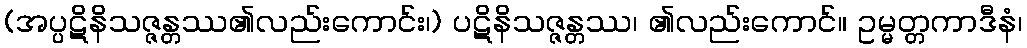
(အပ္ပဋိနိသဇ္ဇန္တဿ၏လည်းကောင်း၊) ပဋိနိသဇ္ဇန္တဿ၊ ၏လည်းကောင်။ ဥမ္မတ္တကာဒီနံ၊